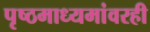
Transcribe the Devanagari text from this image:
पृष्ठमाध्यमांवरही